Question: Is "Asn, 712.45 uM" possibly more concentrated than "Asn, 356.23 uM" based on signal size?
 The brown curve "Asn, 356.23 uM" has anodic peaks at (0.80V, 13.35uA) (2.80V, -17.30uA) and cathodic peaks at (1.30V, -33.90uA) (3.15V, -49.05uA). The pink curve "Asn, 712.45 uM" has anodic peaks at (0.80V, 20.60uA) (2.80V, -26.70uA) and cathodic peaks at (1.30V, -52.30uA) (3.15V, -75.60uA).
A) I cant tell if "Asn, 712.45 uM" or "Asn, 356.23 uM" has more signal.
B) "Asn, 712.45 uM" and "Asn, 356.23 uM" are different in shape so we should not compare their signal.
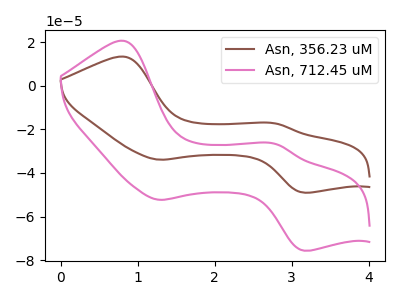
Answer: <think>All the peaks in "Asn, 712.45 uM" have a peak in "Asn, 356.23 uM" at the same potential.
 </think>
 <answer>A) I cant tell if "Asn, 712.45 uM" or "Asn, 356.23 uM" has more signal.</answer>
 <eval>A</eval>